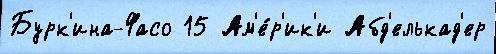
Бурк'ина-Фасо 15 Ам'е́р'ик'и Абд'елькад'ер